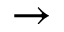
\rightarrow